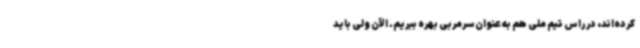
کرده‌اند، در راس تیم ملی هم به عنوان سرمربی بهره ببریم. الآن ولی باید